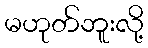
မဟုတ်ဘူးလို့